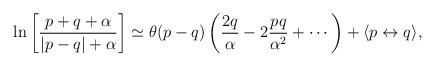
LaTeX: \begin{align*}\ln\left[ \frac{p+q+\alpha}{|p-q|+\alpha} \right] \simeq \theta(p-q) \left( \frac{2q}{\alpha} - 2\frac{pq}{\alpha^2} +\cdots \right)+ \langle p\leftrightarrow q\rangle,\end{align*}